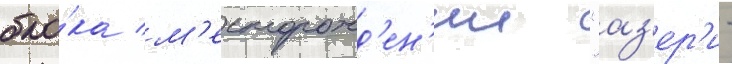
бло́ка м'есторожд'ен'ии "аз'ер'и -